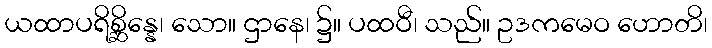
ယထာပရိစ္ဆိန္နေ၊ သော။ ဌာနေ၊ ၌။ ပထဝီ၊ သည်။ ဥဒကမေဝ ဟောတိ၊